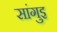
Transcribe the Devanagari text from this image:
सांगुइ